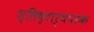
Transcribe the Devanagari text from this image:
श्लिष्टार्थपरक